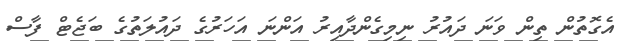
އެގޮތުން ތިން ވަނަ ދައުރު ނިމިގެންދާއިރު އަންނަ އަހަރުގެ ދައުލަތުގެ ބަޖެޓް ފާސް